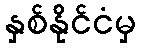
နှစ်နိုင်ငံမှ